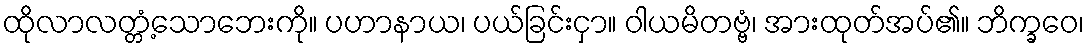
ထိုလာလတ္တံ့သောဘေးကို။ ပဟာနာယ၊ ပယ်ခြင်းငှာ။ ဝါယမိတဗ္ဗံ၊ အားထုတ်အပ်၏။ ဘိက္ခဝေ၊